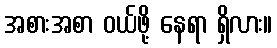
အစားအစာ ဝယ်ဖို့ နေရာ ရှိလား။